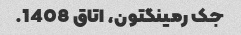
جک رمینگتون، اتاق 1408.